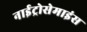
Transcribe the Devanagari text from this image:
नाईट्रोसेमाइंस